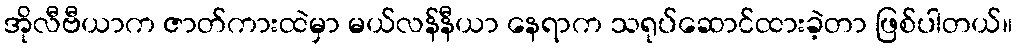
အိုလီဗီယာက ဇာတ်ကားထဲမှာ မယ်လန်နီယာ နေရာက သရုပ်ဆောင်ထားခဲ့တာ ဖြစ်ပါတယ်။